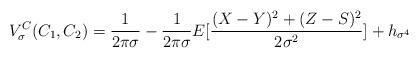
LaTeX: \begin{align*}V_{\sigma}^C(C_1,C_2) = \frac{1}{2\pi\sigma} - \frac{1}{2\pi\sigma} E[ \frac{(X - Y)^2 + (Z-S)^2}{2\sigma^2}] + h_{\sigma^4}\end{align*}